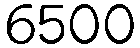
6500